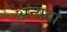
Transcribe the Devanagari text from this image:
अन्यवा